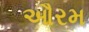
ઔરમ